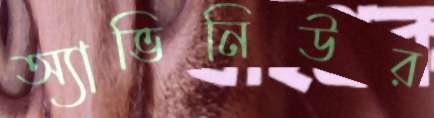
অ্যাভিনিউর